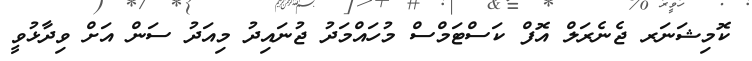
ކޮމިޝަނަރ ޖެނެރަލް އޮފް ކަސްޓަމްސް މުހައްމަދު ޖުނައިދު މިއަދު ސަން އަށް ވިދާޅުވީ